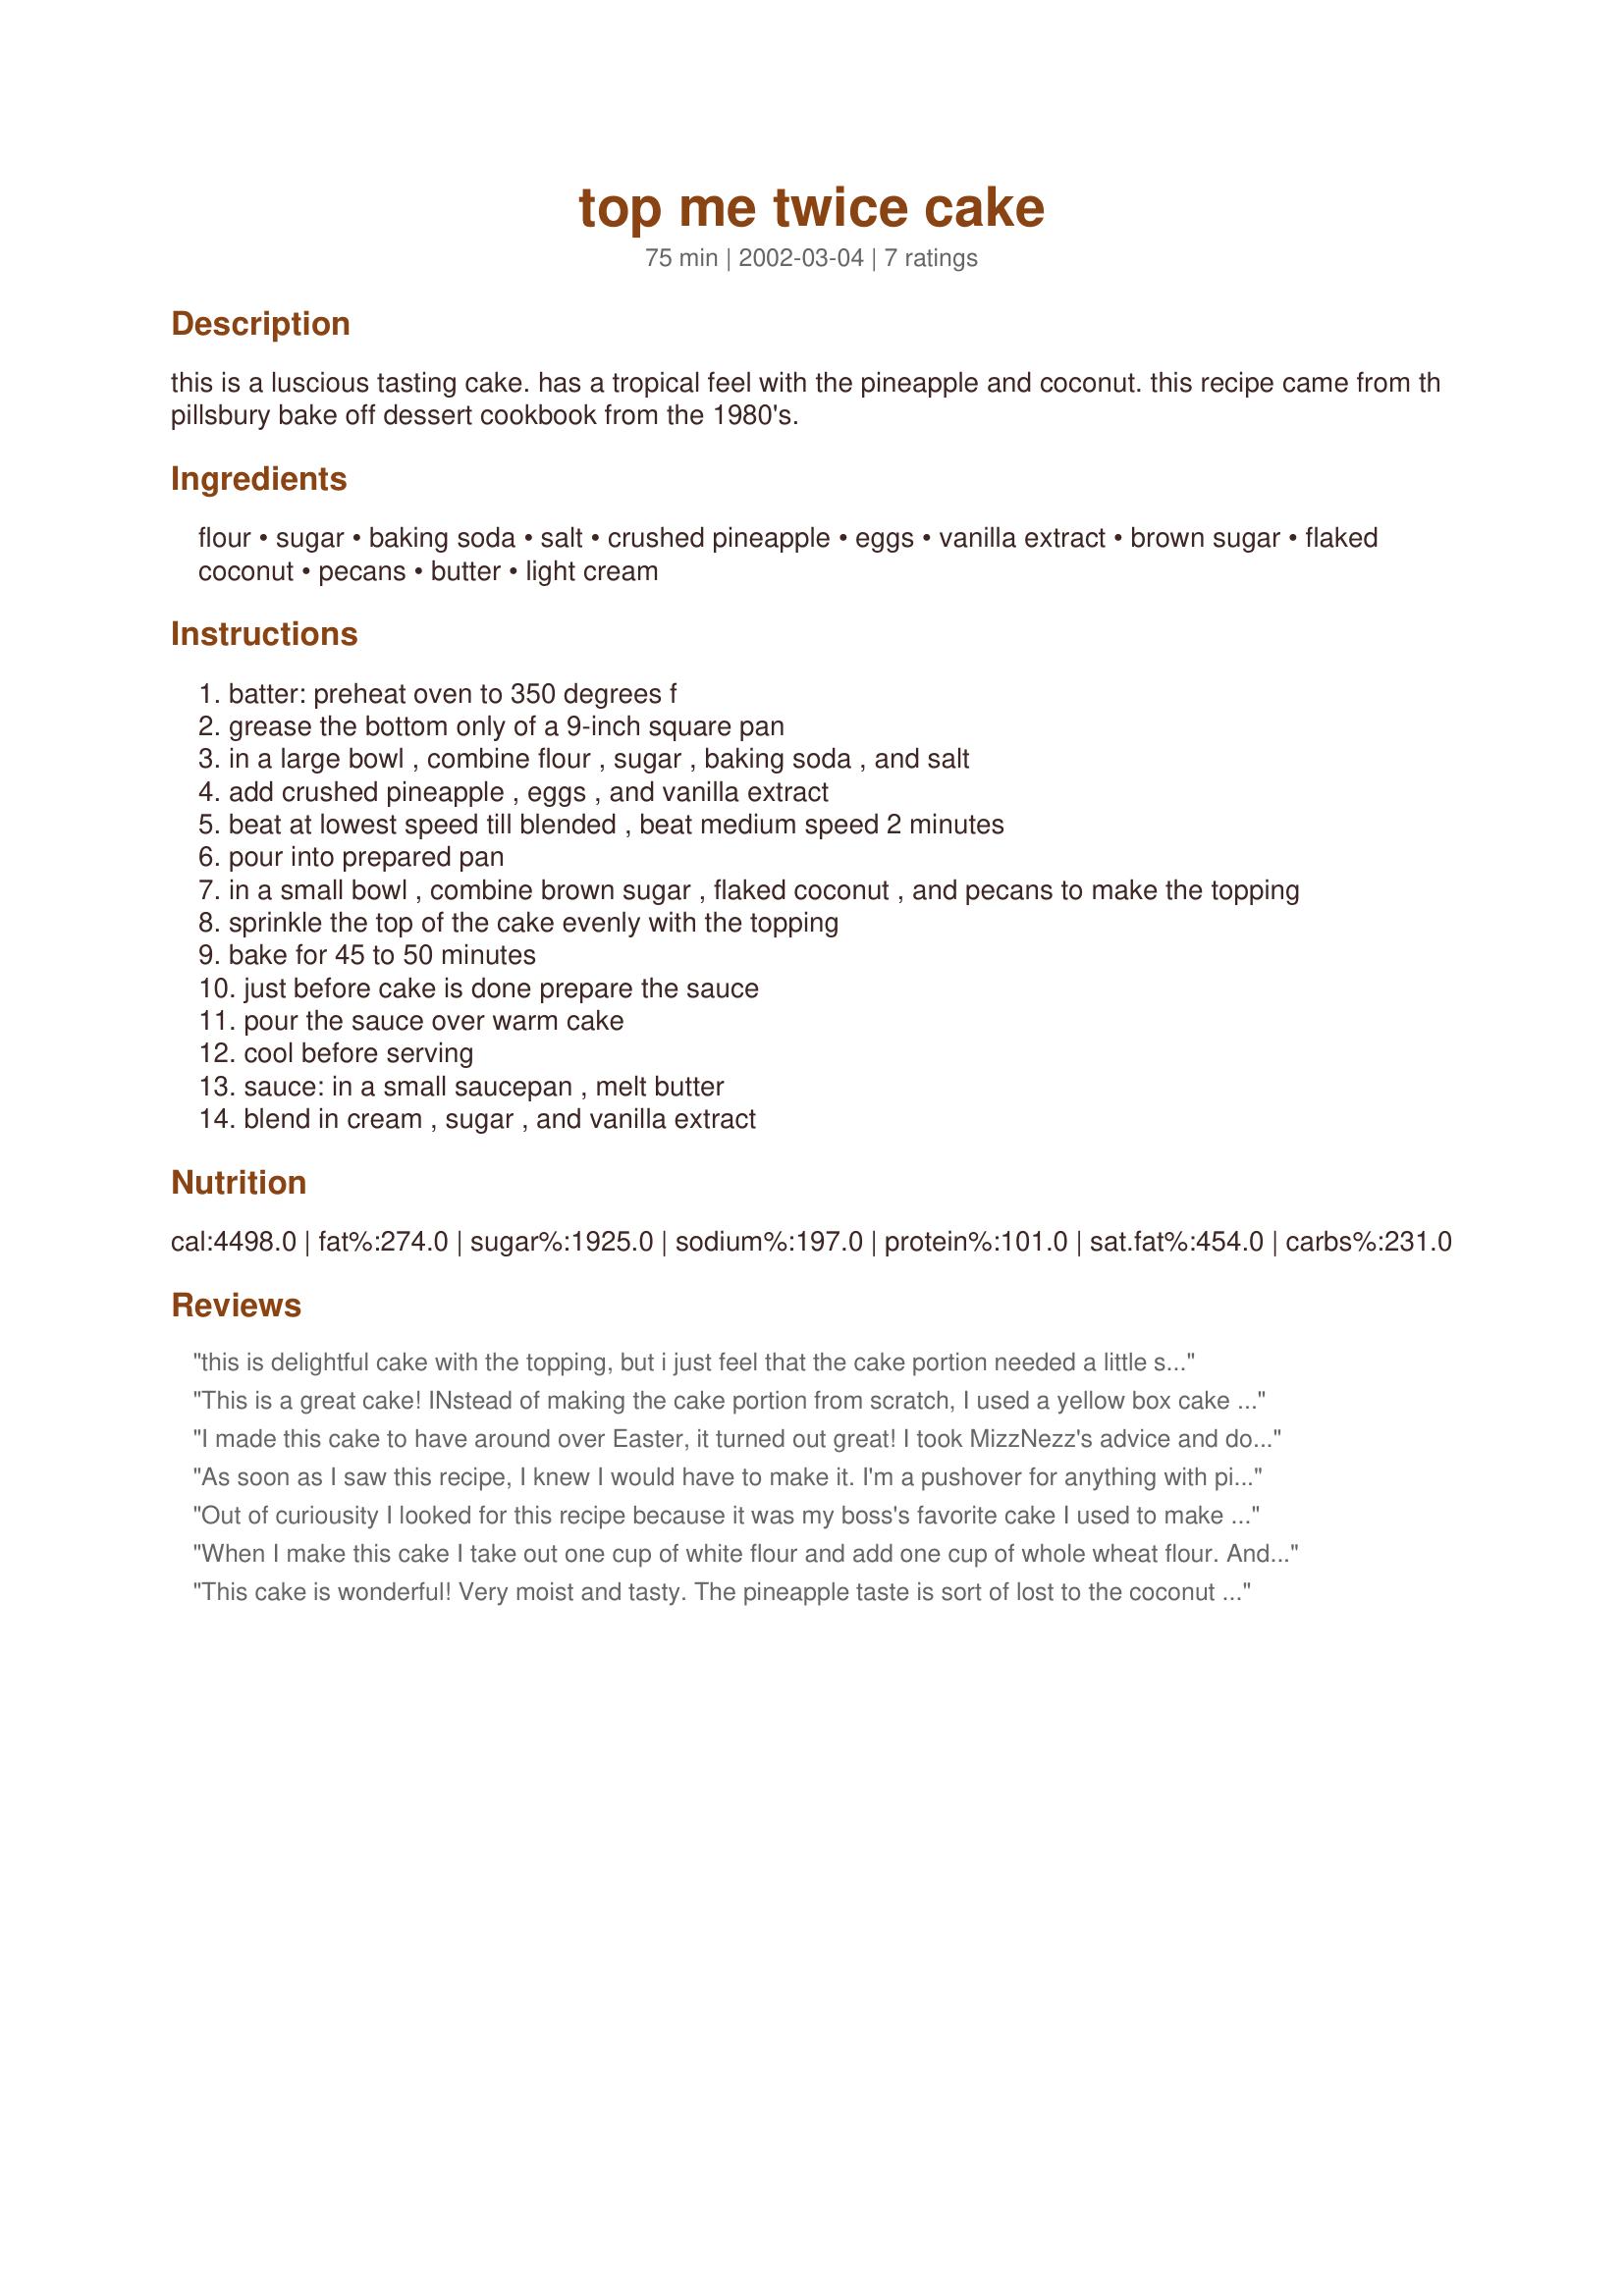
top me twice cake
Preparation time: 75 minutes

this is a luscious tasting cake. has a tropical feel with the pineapple and coconut. this recipe came from th pillsbury bake off dessert cookbook from the 1980's.

Ingredients:
flour, sugar, baking soda, salt, crushed pineapple, eggs, vanilla extract, brown sugar, flaked coconut, pecans, butter, light cream

Steps:
batter: preheat oven to 350 degrees f
grease the bottom only of a 9-inch square pan
in a large bowl , combine flour , sugar , baking soda , and salt
add crushed pineapple , eggs , and vanilla extract
beat at lowest speed till blended , beat medium speed 2 minutes
pour into prepared pan
in a small bowl , combine brown sugar , flaked coconut , and pecans to make the topping
sprinkle the top of the cake evenly with the topping
bake for 45 to 50 minutes
just before cake is done prepare the sauce
pour the sauce over warm cake
cool before serving
sauce: in a small saucepan , melt butter
blend in cream , sugar , and vanilla extract

Reviews:
this is delightful cake with the topping, but i just feel that the cake portion needed a little something else to take it up to that 5* notch. it does have a delicious summery taste, with a good texture, but could be a bit lighter or moister perhaps. however, with the topping and sauce, it was still very impressive.
This is a great cake! INstead of making the cake portion from scratch, I used a yellow box cake to save time. I made it in a 9x13 pan and used a one cup of pineapple juice instead of the water the box recipe called for. I also doubled the coconut topping to sprinkle on top. I can't believe how many compliments I've gotten. This will be a recipe I will use again and again.
I made this cake to have around over Easter, it turned out great!
I took MizzNezz's advice and doubled the recipe and put it in a 9x13 cake pan and left the sauce the same, thanks MizzNezz it worked just great!! Lovely cake to have around for afternoon tea and easy dessert, especially for those not wanting apple pie, Easter Sunday.
I did use the brown sugar for the topping but used splenda for the cake and the sauce. I used the sauce for just half of the cake and left the other half for people like myself, diabetic, loved it with just the coconut topping, it was delicious!! but others said it was also delicious with the sauce! This went over very well and will by all means make it again, especially for family gatherings. Thanks for sharing.
As soon as I saw this recipe, I knew I would have to make it. I'm a pushover for anything with pineapple in it. As far as I can see the only thing wrong with the recipe is it only makes a 9in cake! It was gone too quick. I think it can be doubled and baked in a 13x9in pan. But I would leave the sauce as it is, for there was plenty of it for the 9in cake. This is a recipe that will go in my favorites section!!!
Out of curiousity I looked for this recipe because it was my boss's favorite cake I used to make for our office parties back in the 60's. I wanted to see if it had made it to the internet yet. I have recipes that my mother handed down to me that have made it. I am 77. She would be over 100.
When I make this cake I take out one cup of white flour and add one cup of whole wheat flour. And I never make this unless I am going to share it with company because I could just sit down and eat the whole cake.
This cake is wonderful! Very moist and tasty. The pineapple taste is sort of lost to the coconut so next time I think I'll use a little more. But it is REALLY an excellent cake.
